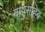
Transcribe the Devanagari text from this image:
बापुसाहेब